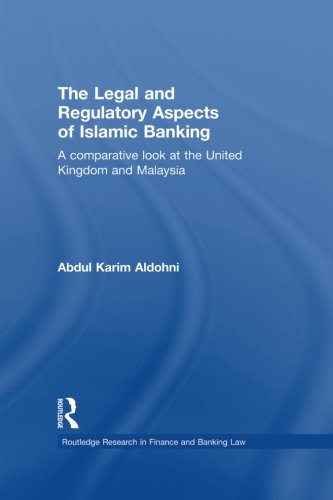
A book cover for The Legal and Regulatory Aspects of Islamic Banking: A Comparative Look at the United Kingdom and Malaysia (Routledge Research in Finance and Banking Law); Abdul Karim Aldohni; Law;